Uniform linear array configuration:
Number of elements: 12
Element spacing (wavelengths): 0.25
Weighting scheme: binomial
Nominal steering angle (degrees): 30
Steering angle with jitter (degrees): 28.75
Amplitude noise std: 0.05
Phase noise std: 0.05

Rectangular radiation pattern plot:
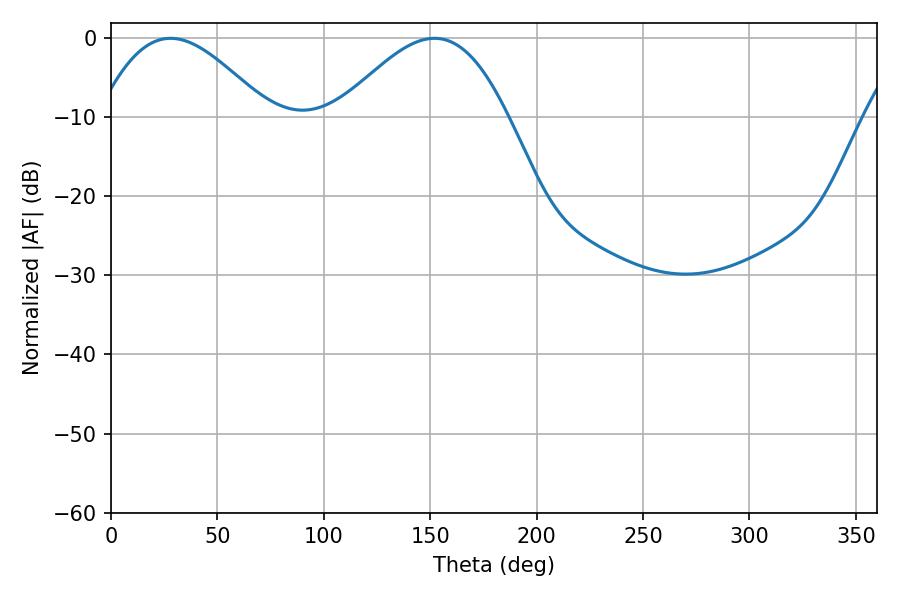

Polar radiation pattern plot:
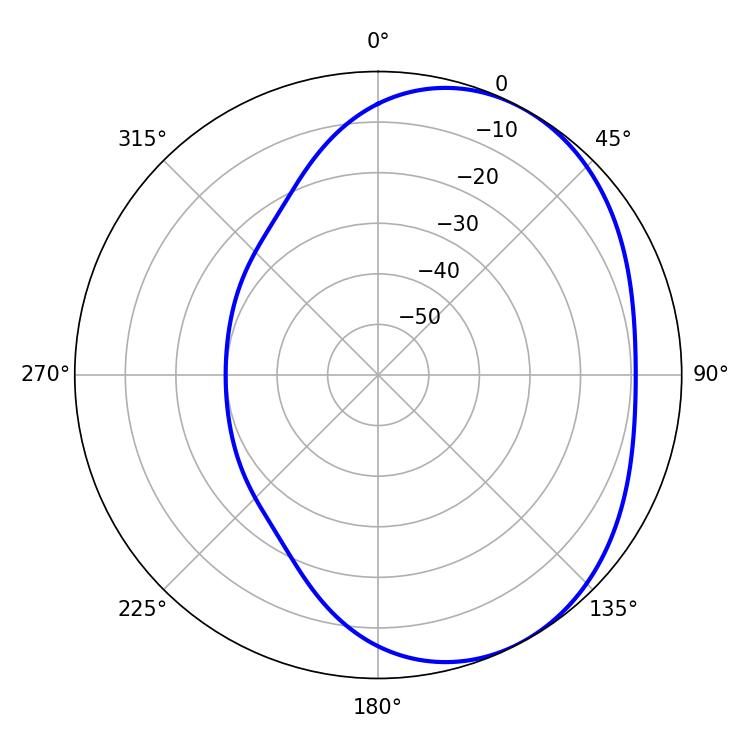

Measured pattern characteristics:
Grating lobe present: FALSE
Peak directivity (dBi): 3.655
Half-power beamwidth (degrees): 42.84
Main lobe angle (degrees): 27.9